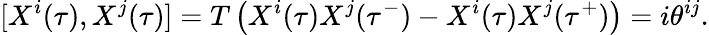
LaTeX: [X^{i}(\tau),X^{j}(\tau)]=T\left(X^{i}(\tau)X^{j}(\tau^{-})-X^{i}(\tau)X^{j}(\tau^{+})\right)=i\theta^{ij}.